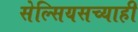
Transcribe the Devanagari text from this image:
सेल्सियसच्याही